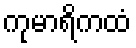
ကုမာရိကထံ